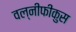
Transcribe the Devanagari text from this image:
वल्नीफीकुस